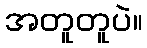
အတူတူပဲ။